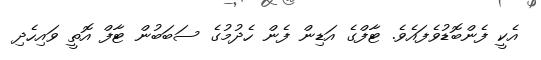
އެކީ ފެންބޮޑުވެފައެވެ. ޓާފްގެ އަޑިން ފެން ހެދުމުގެ ސަބަބުން ޓާފް އޮތީ ވައިހެދި